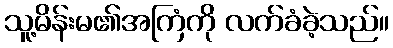
သူ့မိန်းမ၏အကြံကို လက်ခံခဲ့သည်။